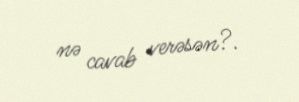
nə cavab verəsən?.